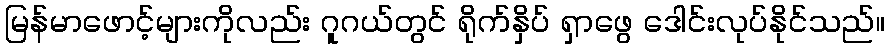
မြန်မာဖောင့်များကိုလည်း ဂူဂယ်တွင် ရိုက်နှိပ် ရှာဖွေ ဒေါင်းလုပ်နိုင်သည်။